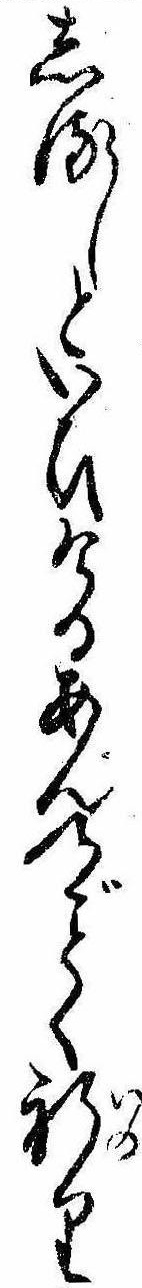
しるしといひけるあんのく祈り